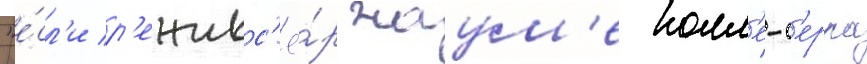
"е́сл'и р'ежисс'ё́р жаум'е колл'е-с'ерра